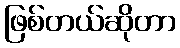
ဖြစ်တယ်ဆိုတာ